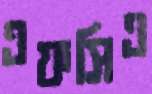
এফসিএ